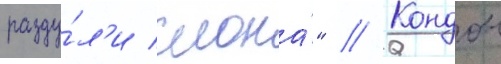
разду́л'и слона́" // Кондон